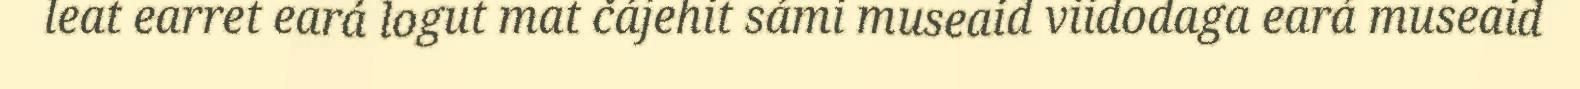
leat earret eará logut mat čájehit sámi museaid viidodaga eará museaid